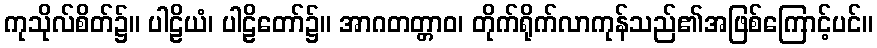
ကုသိုလ်စိတ်၌။ ပါဠိယံ၊ ပါဠိတော်၌။ အာဂတတ္တာဝ၊ တိုက်ရိုက်လာကုန်သည်၏အဖြစ်ကြောင့်ပင်။